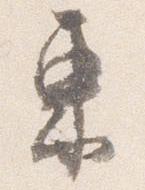
東